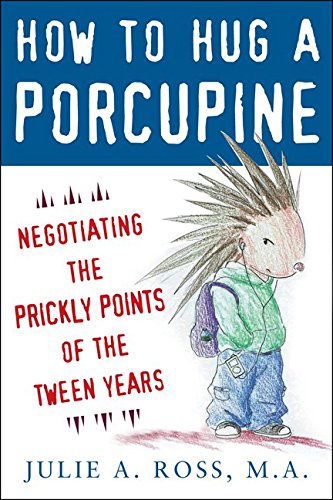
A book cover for How to Hug a Porcupine: Negotiating the Prickly Points of the Tween Years; Julie Ross; Parenting & Relationships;